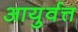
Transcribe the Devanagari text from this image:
आयुर्वत्त